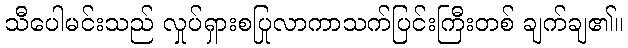
သီပေါမင်းသည် လှုပ်ရှားစပြုလာကာသက်ပြင်းကြီးတစ် ချက်ချ၏။